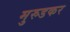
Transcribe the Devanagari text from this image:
मुरुडकर